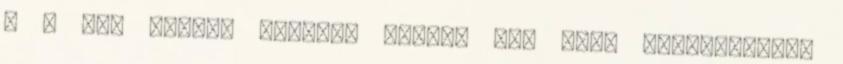
6 7 -et fogunk kiadni, melyet egy drón segítségével